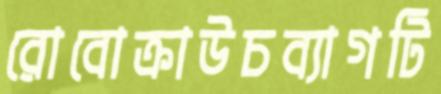
রোবোক্রাউচব্যাগটি